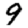
Digit: 9